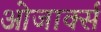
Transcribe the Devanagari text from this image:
ओजार्क्स